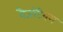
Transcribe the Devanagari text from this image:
वैजंटियम